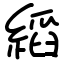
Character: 縚